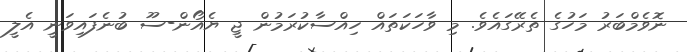
ނޮވެމްބަރު މަހުގެ ތެރޭގައެވެ. މި ވާހަކަތައް ހިއްސާކުރަމުން ޖީ ޔެއޯން-ސޫ ބުނެފައިވަނީ އެލީ